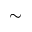
\sim